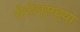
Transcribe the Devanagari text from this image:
सेशेल्सच्या